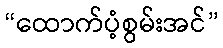
“ထောက်ပံ့စွမ်းအင်”